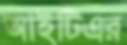
আইটিএর